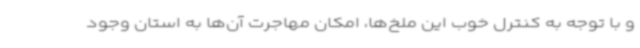
و با توجه به کنترل خوب این ملخ‌ها، امکان مهاجرت آن‌ها به استان وجود